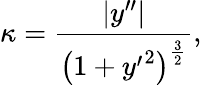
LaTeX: \kappa={\frac{|y^{\prime\prime}|}{\left(1+{y^{\prime}}^{2}\right)^{\frac{3}{2}}}},